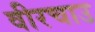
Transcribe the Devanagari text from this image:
वीरचाउ